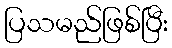
ပြသမည်ဖြစ်ပြီး